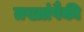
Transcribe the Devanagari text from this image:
तख्तांपैकी